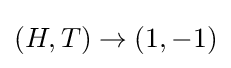
(H,T)\to (1,-1)